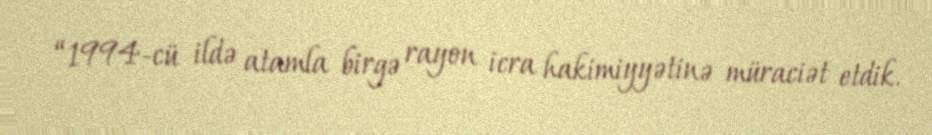
“1994-cü ildə atamla birgə rayon icra hakimiyyətinə müraciət etdik.